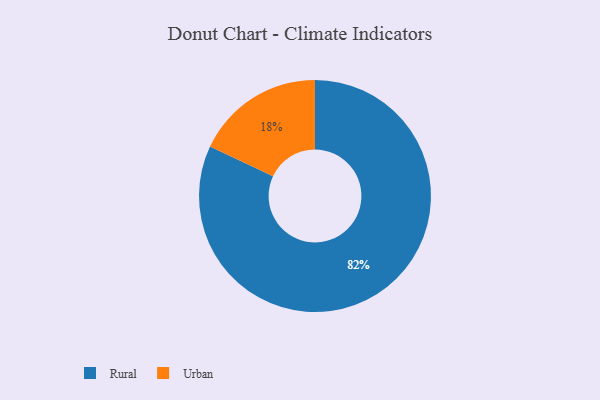
{"axis": {"x": "Category", "y": "Percentage"}, "legend": ["Rural", "Urban"], "data": [{"x": "Rural", "y": 82, "type": "Rural"}, {"x": "Urban", "y": 18, "type": "Urban"}]}